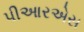
પીઆરએસ